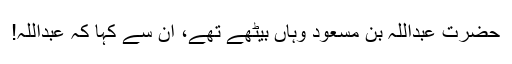
حضرت عبداللہ بن مسعودؓ وہاں بیٹھے تھے، ان سے کہا کہ عبداللہ!